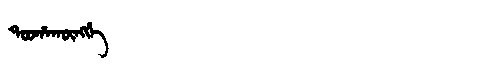
Manchu: ᡨᠣᠣᡥᠠᡴᡡᠩᡤᡝ
Romanization: TOOHAKŪNGGE